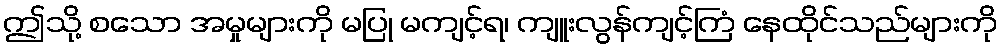
ဤသို့ စသော အမှုများကို မပြု မကျင့်ရ၊ ကျူးလွန်ကျင့်ကြံ နေထိုင်သည်များကို